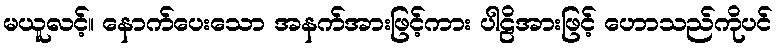
မယူလင့်။ နောက်ပေးသော အနက်အားဖြင့်ကား ပါဠိအားဖြင့် ဟောသည်ကိုပင်